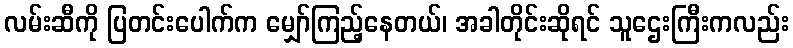
လမ်းဆီကို ပြတင်းပေါက်က မျှော်ကြည့်နေတယ်၊ အခါတိုင်းဆိုရင် သူဌေးကြီးကလည်း